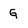
Character: G